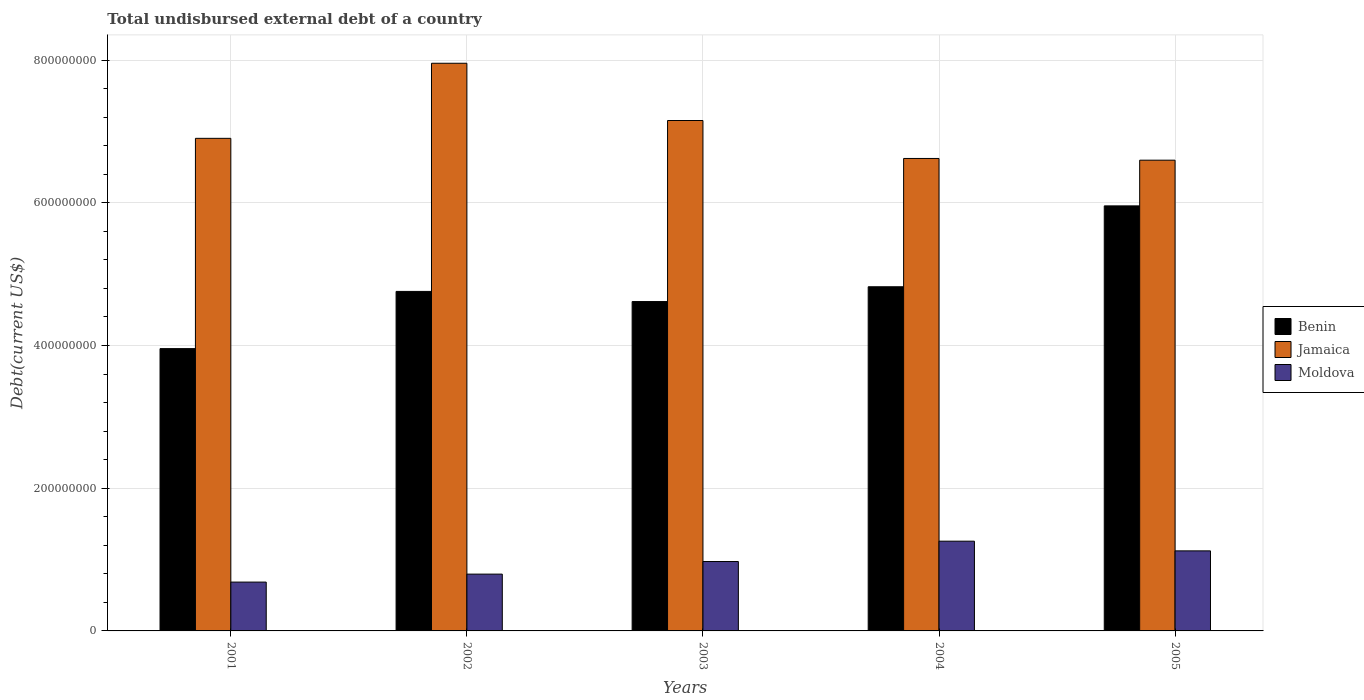
| Years | Benin | Jamaica | Moldova |
 | --- | --- | --- | --- |
 | 2001 | 3.96e+08 | 6.9e+08 | 6.85e+07 |
 | 2002 | 4.76e+08 | 7.96e+08 | 7.96e+07 |
 | 2003 | 4.62e+08 | 7.15e+08 | 9.73e+07 |
 | 2004 | 4.82e+08 | 6.62e+08 | 1.26e+08 |
 | 2005 | 5.96e+08 | 6.6e+08 | 1.12e+08 |